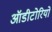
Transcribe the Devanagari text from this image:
ऑडीटोरियो